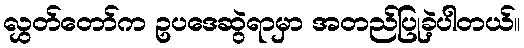
လွှတ်တော်က ဥပဒေဆွဲရာမှာ အတည်ပြုခဲ့ပါတယ်။